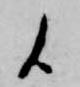
候